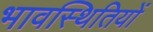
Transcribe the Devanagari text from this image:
भावस्थितियों